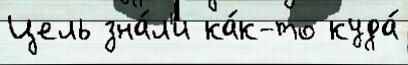
Цель зна́л'и ка́к-то куда́